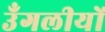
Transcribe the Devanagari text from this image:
उँगलीयों